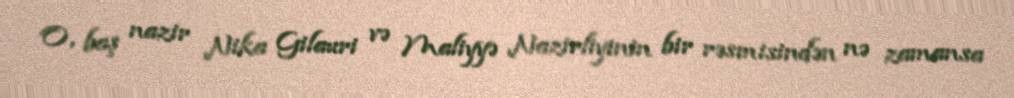
O, baş nazir Nika Gilauri və Maliyyə Nazirliyinin bir rəsmisindən nə zamansa